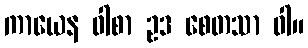
ကာယေန ဝါစာ ဥဒ စေတသာ ဝါ။